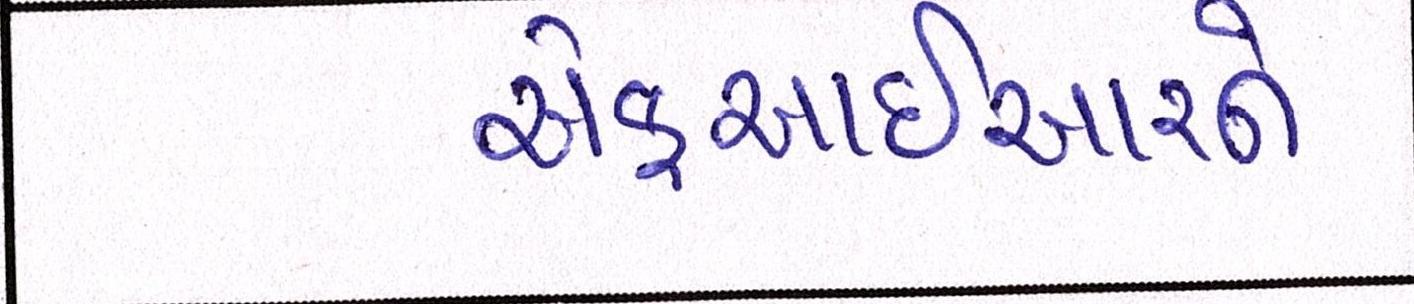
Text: એફઆઈઆરને